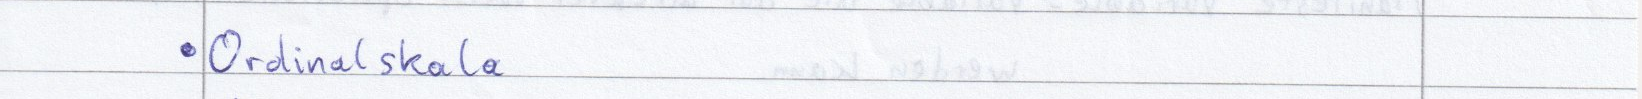
Ordinalskala